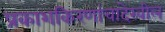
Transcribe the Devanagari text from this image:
प्रकाशकिरणांचादेखील